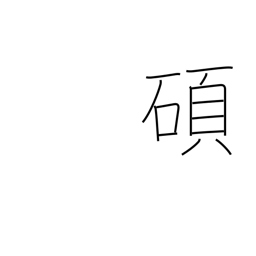
Meaning: eminent